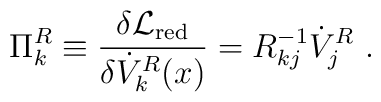
\Pi_k^R\equiv{\delta{\cal L}_{\rm red}\over \delta \dot{V}_k^R(x)}=R^{-1}_{kj}\dot{V}_j^R~.